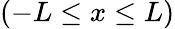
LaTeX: (-L\leq x\leq L)